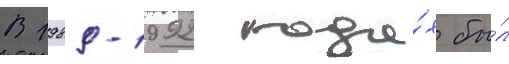
В 1989-1992 года́х бы́л